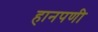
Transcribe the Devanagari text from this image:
हानपणी